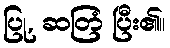
ပြု, ဆတြံ ပြီး၏။